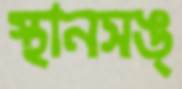
স্থানসঙ্